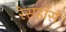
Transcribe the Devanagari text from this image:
रेसहॉर्स